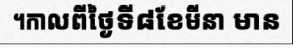
។កាលពីថ្ងៃទី៨ខែមីនា មាន